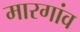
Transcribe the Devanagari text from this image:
मारगांव